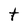
Character: t